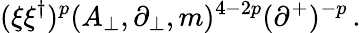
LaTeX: (\xi\xi^{\dagger})^{p}(A_{\perp},\partial_{\perp},m)^{4-2p}(\partial^{+})^{-p}\, .